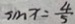
\sin x = \frac { 4 } { 5 }